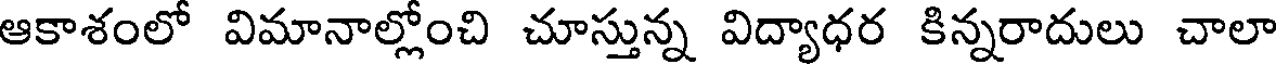
ఆకాశంలో విమానాల్లోంచి చూస్తున్న విద్యాధర కిన్నరాదులు చాలా